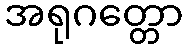
အရုဂတ္တော